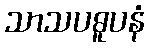
သာသပဓူပနံ